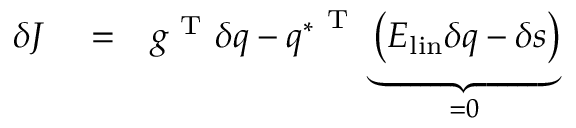
\begin{array} { r l r } { \delta J } & { { } = } & { g ^ { \mathrm { ~ T ~ } } \delta q - { q ^ { * } } ^ { \mathrm { ~ T ~ } } \underbrace { \left( E _ { \mathrm { l i n } } \delta q - \delta s \right) } _ { = 0 } } \end{array}